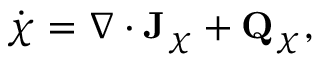
\begin{array} { r } { \dot { \boldsymbol \chi } = \nabla \cdot \mathbf J _ { \boldsymbol \chi } + \mathbf Q _ { \boldsymbol \chi } , } \end{array}